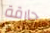
حارقة